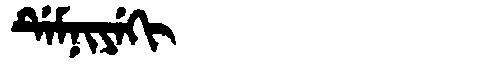
Manchu: ᡩᡝᠮᠨᡳᠶᡝᡴᡳ
Romanization: DEMNIYEKI